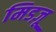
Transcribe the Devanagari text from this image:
मिडज़ू